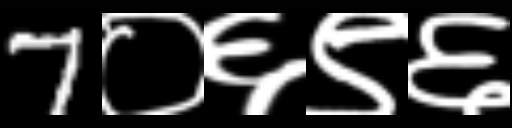
Text: 7०६९६